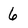
Character: 6